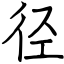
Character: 径